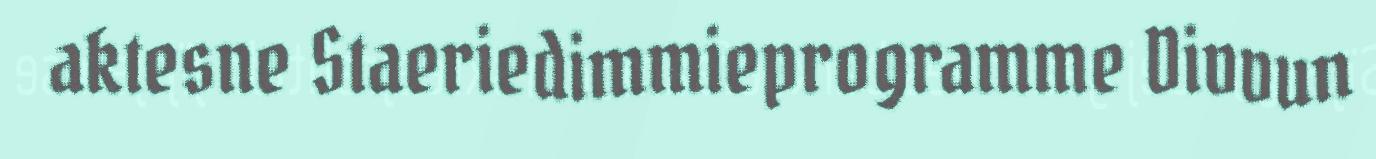
aktesne Staeriedimmieprogramme Divvun